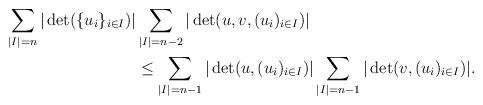
LaTeX: \begin{align*}\sum_{|I|=n}|\det(\{u_i\}_{i\in I})| &\sum_{|I|=n-2}|\det(u,v,(u_i)_{i\in I})|\\& \le \sum_{|I|=n-1}|\det(u,(u_i)_{i\in I})|\sum_{|I|=n-1}|\det(v,(u_i)_{i\in I})|.\end{align*}